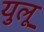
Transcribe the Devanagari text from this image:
युलू